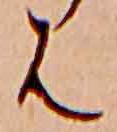
は